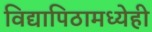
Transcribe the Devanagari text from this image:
विद्यापिठामध्येही